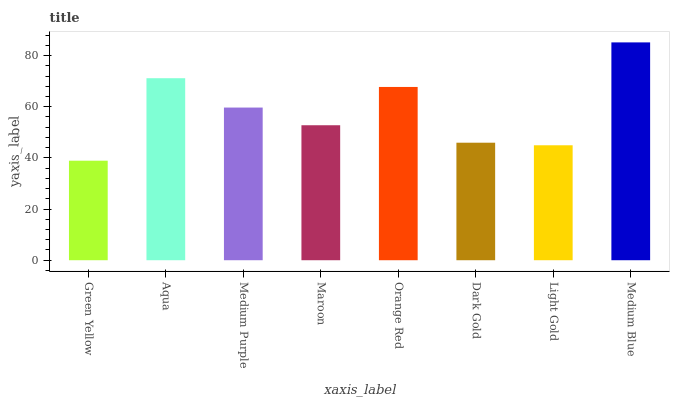
| xaxis_label | bars |
 | --- | --- |
 | Green Yellow | 38.9 |
 | Aqua | 71.1 |
 | Medium Purple | 59.7 |
 | Maroon | 52.8 |
 | Orange Red | 67.7 |
 | Dark Gold | 45.9 |
 | Light Gold | 44.9 |
 | Medium Blue | 85.1 |